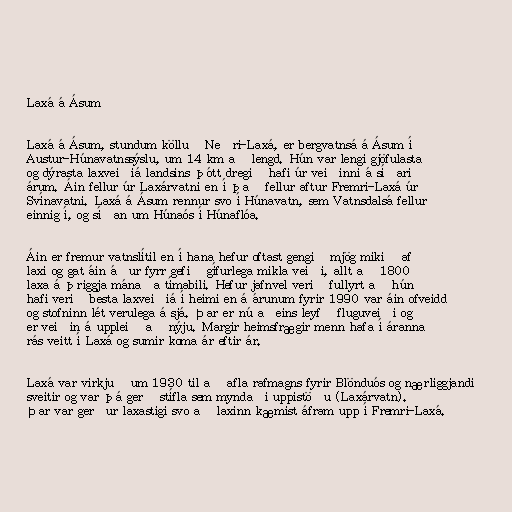
Laxá á Ásum

Laxá á Ásum, stundum kölluð Neðri-Laxá, er bergvatnsá á Ásum í
Austur-Húnavatnssýslu, um 14 km að lengd. Hún var lengi gjöfulasta
og dýrasta laxveiðiá landsins þótt dregið hafi úr veiðinni á síðari
árum. Áin fellur úr Laxárvatni en í það fellur aftur Fremri-Laxá úr
Svínavatni. Laxá á Ásum rennur svo í Húnavatn, sem Vatnsdalsá fellur
einnig í, og síðan um Húnaós í Húnaflóa.

Áin er fremur vatnslítil en í hana hefur oftast gengið mjög mikið af
laxi og gat áin áður fyrr gefið gífurlega mikla veiði, allt að 1800
laxa á þriggja mánaða tímabili. Hefur jafnvel verið fullyrt að hún
hafi verið besta laxveiðiá í heimi en á árunum fyrir 1990 var áin ofveidd
og stofninn lét verulega á sjá. Þar er nú aðeins leyfð fluguveiði og
er veiðin á uppleið að nýju. Margir heimsfrægir menn hafa í áranna
rás veitt í Laxá og sumir koma ár eftir ár.

Laxá var virkjuð um 1930 til að afla rafmagns fyrir Blönduós og nærliggjandi
sveitir og var þá gerð stífla sem myndaði uppistöðu (Laxárvatn).
Þar var gerður laxastigi svo að laxinn kæmist áfram upp í Fremri-Laxá.